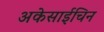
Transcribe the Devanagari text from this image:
अकेसाईचिन